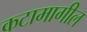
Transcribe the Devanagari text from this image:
कटामागील